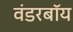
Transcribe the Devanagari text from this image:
वंडरबॉय